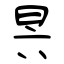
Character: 昗